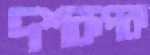
দশরূপক